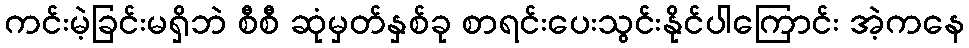
ကင်းမဲ့ခြင်းမရှိဘဲ စီစီ ဆုံမှတ်နှစ်ခု စာရင်းပေးသွင်းနိုင်ပါကြောင်း အဲ့ကနေ